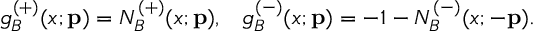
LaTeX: g _ { B } ^ { ( + ) } ( x ; { \bf p } ) = N _ { B } ^ { ( + ) } ( x ; { \bf p } ) , \; \; \; g _ { B } ^ { ( - ) } ( x ; { \bf p } ) = - 1 - N _ { B } ^ { ( - ) } ( x ; - { \bf p } ) .